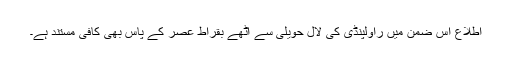
اطلاع اس ضمن میں راولپنڈی کی لال حویلی سے اُٹھے بقراطِ عصر کے پاس بھی کافی مستند ہے۔